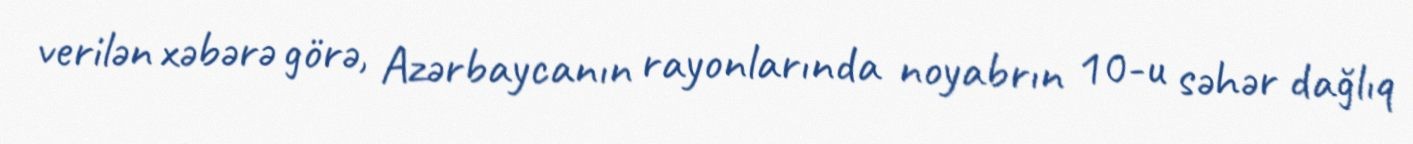
verilən xəbərə görə, Azərbaycanın rayonlarında noyabrın 10-u səhər dağlıq